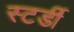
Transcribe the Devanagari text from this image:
स्टर्डी